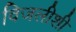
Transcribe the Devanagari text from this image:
विजलीशी